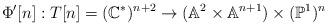
LaTeX: \begin{align*}\Phi' [n]:T[n]=(\mathbb C^*)^{n+2}\to (\mathbb A^2\times \mathbb A^{n+1})\times (\mathbb P^1)^{n}\end{align*}